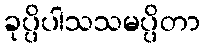
ခုပ္ပိပါသသမပ္ပိတာ